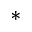
^ *